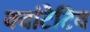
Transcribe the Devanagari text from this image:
क्वांटेटिव